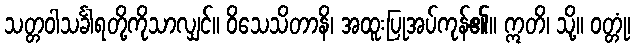
သတ္တဝါသင်္ခါရတို့ကိုသာလျှင်။ ဝိသေသိတာနိ၊ အထူးပြုအပ်ကုန်၏။ ဣတိ၊ သို့။ ဝတ္တုံ၊